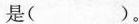
是( )。